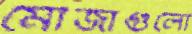
মৌজাগুলো